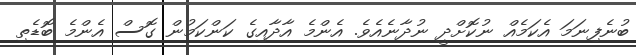
ބުނެފިނަމަ އެކަމެއް ނުކޮށްދީ ނުދާނެއެވެ. އެންމެ އާދާއިގެ ކަންކަމުން ގޮސް އެންމެ ބޮޑެތި